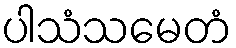
ပါသံသမေတံ